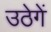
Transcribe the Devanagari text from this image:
उठेगें